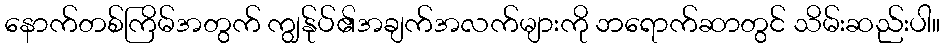
နောက်တစ်ကြိမ်အတွက် ကျွန်ုပ်၏အချက်အလက်များကို ဘရောက်ဆာတွင် သိမ်းဆည်းပါ။